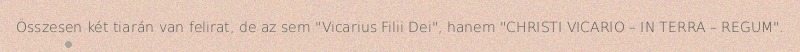
Összesen két tiarán van felirat, de az sem "Vicarius Filii Dei", hanem "CHRISTI VICARIO – IN TERRA – REGUM".